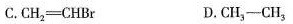
C.CH_{2|= CHBr D.CH_{3|-CH_{3|